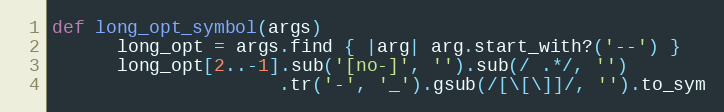
Language: Ruby
def long_opt_symbol(args)
      long_opt = args.find { |arg| arg.start_with?('--') }
      long_opt[2..-1].sub('[no-]', '').sub(/ .*/, '')
                     .tr('-', '_').gsub(/[\[\]]/, '').to_sym